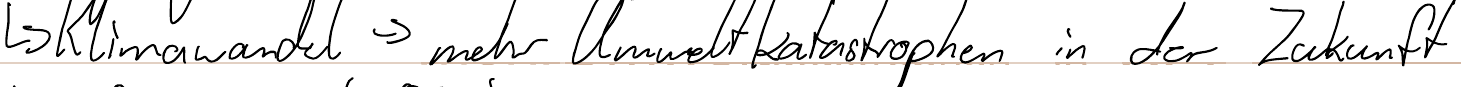
-> Klimawandel -> mehr Umweltkatastrophen in der Zukunft